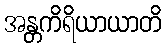
အန္တကိရိယာယာတိ